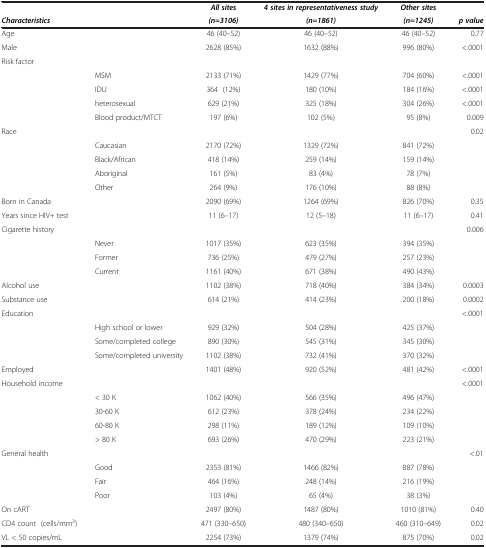
<table><thead><tr><td colspan="2"><b> </b></td><td><b><i>All sites</i></b></td><td><b><i>4 sites in representativeness study</i></b></td><td><b><i>Other sites</i></b></td><td><b> </b></td></tr><tr><td><b><i>Characteristics</i></b></td><td><b> </b></td><td><b><i>(n=3106)</i></b></td><td><b><i>(n=1861)</i></b></td><td><b><i>(n=1245)</i></b></td><td><b><i>p value</i></b></td></tr></thead><tbody><tr><td>Age</td><td> </td><td>46 (40–52)</td><td>46 (40–52)</td><td>46 (40–52)</td><td>0.77</td></tr><tr><td>Male</td><td> </td><td>2628 (85%)</td><td>1632 (88%)</td><td>996 (80%)</td><td>&lt;.0001</td></tr><tr><td>Risk factor</td><td> </td><td> </td><td> </td><td> </td><td> </td></tr><tr><td> </td><td>MSM</td><td>2133 (71%)</td><td>1429 (77%)</td><td>704 (60%)</td><td>&lt;.0001</td></tr><tr><td> </td><td>IDU</td><td>364 (12%)</td><td>180 (10%)</td><td>184 (16%)</td><td>&lt;.0001</td></tr><tr><td> </td><td>heterosexual</td><td>629 (21%)</td><td>325 (18%)</td><td>304 (26%)</td><td>&lt;.0001</td></tr><tr><td> </td><td>Blood product/MTCT</td><td>197 (6%)</td><td>102 (5%)</td><td>95 (8%)</td><td>0.009</td></tr><tr><td>Race</td><td> </td><td> </td><td> </td><td> </td><td>0.02</td></tr><tr><td> </td><td>Caucasian</td><td>2170 (72%)</td><td>1329 (72%)</td><td>841 (72%)</td><td> </td></tr><tr><td> </td><td>Black/African</td><td>418 (14%)</td><td>259 (14%)</td><td>159 (14%)</td><td> </td></tr><tr><td> </td><td>Aboriginal</td><td>161 (5%)</td><td>83 (4%)</td><td>78 (7%)</td><td> </td></tr><tr><td> </td><td>Other</td><td>264 (9%)</td><td>176 (10%)</td><td>88 (8%)</td><td> </td></tr><tr><td>Born in Canada</td><td> </td><td>2090 (69%)</td><td>1264 (69%)</td><td>826 (70%)</td><td>0.35</td></tr><tr><td>Years since HIV+ test</td><td> </td><td>11 (6–17)</td><td>12 (5–18)</td><td>11 (6–17)</td><td>0.41</td></tr><tr><td>Cigarette history</td><td> </td><td> </td><td> </td><td> </td><td>0.006</td></tr><tr><td> </td><td>Never</td><td>1017 (35%)</td><td>623 (35%)</td><td>394 (35%)</td><td> </td></tr><tr><td> </td><td>Former</td><td>736 (25%)</td><td>479 (27%)</td><td>257 (23%)</td><td> </td></tr><tr><td> </td><td>Current</td><td>1161 (40%)</td><td>671 (38%)</td><td>490 (43%)</td><td> </td></tr><tr><td>Alcohol use</td><td> </td><td>1102 (38%)</td><td>718 (40%)</td><td>384 (34%)</td><td>0.0003</td></tr><tr><td>Substance use</td><td> </td><td>614 (21%)</td><td>414 (23%)</td><td>200 (18%)</td><td>0.0002</td></tr><tr><td>Education</td><td> </td><td> </td><td> </td><td> </td><td>&lt;.0001</td></tr><tr><td> </td><td>High school or lower</td><td>929 (32%)</td><td>504 (28%)</td><td>425 (37%)</td><td> </td></tr><tr><td> </td><td>Some/completed college</td><td>890 (30%)</td><td>545 (31%)</td><td>345 (30%)</td><td> </td></tr><tr><td> </td><td>Some/completed university</td><td>1102 (38%)</td><td>732 (41%)</td><td>370 (32%)</td><td> </td></tr><tr><td>Employed</td><td> </td><td>1401 (48%)</td><td>920 (52%)</td><td>481 (42%)</td><td>&lt;.0001</td></tr><tr><td>Household income</td><td> </td><td> </td><td> </td><td> </td><td>&lt;.0001</td></tr><tr><td> </td><td>&lt; 30 K</td><td>1062 (40%)</td><td>566 (35%)</td><td>496 (47%)</td><td> </td></tr><tr><td> </td><td>30-60 K</td><td>612 (23%)</td><td>378 (24%)</td><td>234 (22%)</td><td> </td></tr><tr><td> </td><td>60-80 K</td><td>298 (11%)</td><td>189 (12%)</td><td>109 (10%)</td><td> </td></tr><tr><td> </td><td>&gt; 80 K</td><td>693 (26%)</td><td>470 (29%)</td><td>223 (21%)</td><td> </td></tr><tr><td>General health</td><td> </td><td> </td><td> </td><td> </td><td>&lt;.01</td></tr><tr><td> </td><td>Good</td><td>2353 (81%)</td><td>1466 (82%)</td><td>887 (78%)</td><td> </td></tr><tr><td> </td><td>Fair</td><td>464 (16%)</td><td>248 (14%)</td><td>216 (19%)</td><td> </td></tr><tr><td> </td><td>Poor</td><td>103 (4%)</td><td>65 (4%)</td><td>38 (3%)</td><td> </td></tr><tr><td>On cART</td><td> </td><td>2497 (80%)</td><td>1487 (80%)</td><td>1010 (81%)</td><td>0.40</td></tr><tr><td>CD4 count (cells/mm<sup>3</sup>)</td><td> </td><td>471 (330–650)</td><td>480 (340–650)</td><td>460 (310–649)</td><td>0.02</td></tr><tr><td>VL &lt; 50 copies/mL</td><td> </td><td>2254 (73%)</td><td>1379 (74%)</td><td>875 (70%)</td><td>0.02</td></tr></tbody></table>